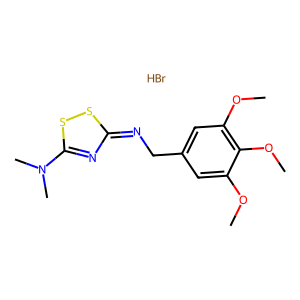
SMILES: Br.COc1cc(CN=c2nc(N(C)C)ss2)cc(OC)c1OC
Inhibits HIV replication: No